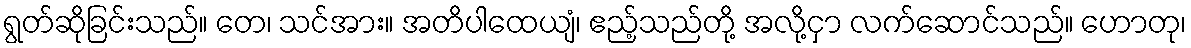
ရွတ်ဆိုခြင်းသည်။ တေ၊ သင်အား။ အတိပါထေယျံ၊ ဧည့်သည်တို့ အလို့ငှာ လက်ဆောင်သည်။ ဟောတု၊